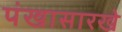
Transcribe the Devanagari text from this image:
पंखासारखे